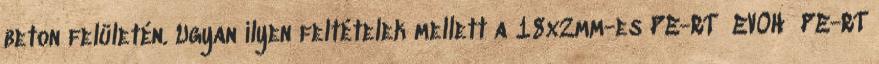
beton felületén. Ugyan ilyen feltételek mellett a 18x2mm-es PE-RT EVOH PE-RT